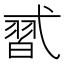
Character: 𰐑